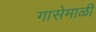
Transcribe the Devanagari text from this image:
गासेमाळी